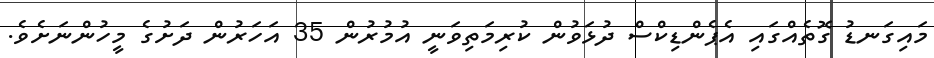
މައިގަނޑު ގޮތެއްގައި އެޕެންޑިކްސް ދުޅަވުން ކުރިމަތިވަނީ އުމުރުން 35 އަހަރުން ދަށުގެ މީހުންނަށެވެ.